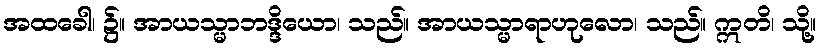
အထခေါ၊ ၌။ အာယသ္မာဘဒ္ဒိယော၊ သည်။ အာယသ္မာရာဟုလော၊ သည်။ ဣတိ၊ သို့။